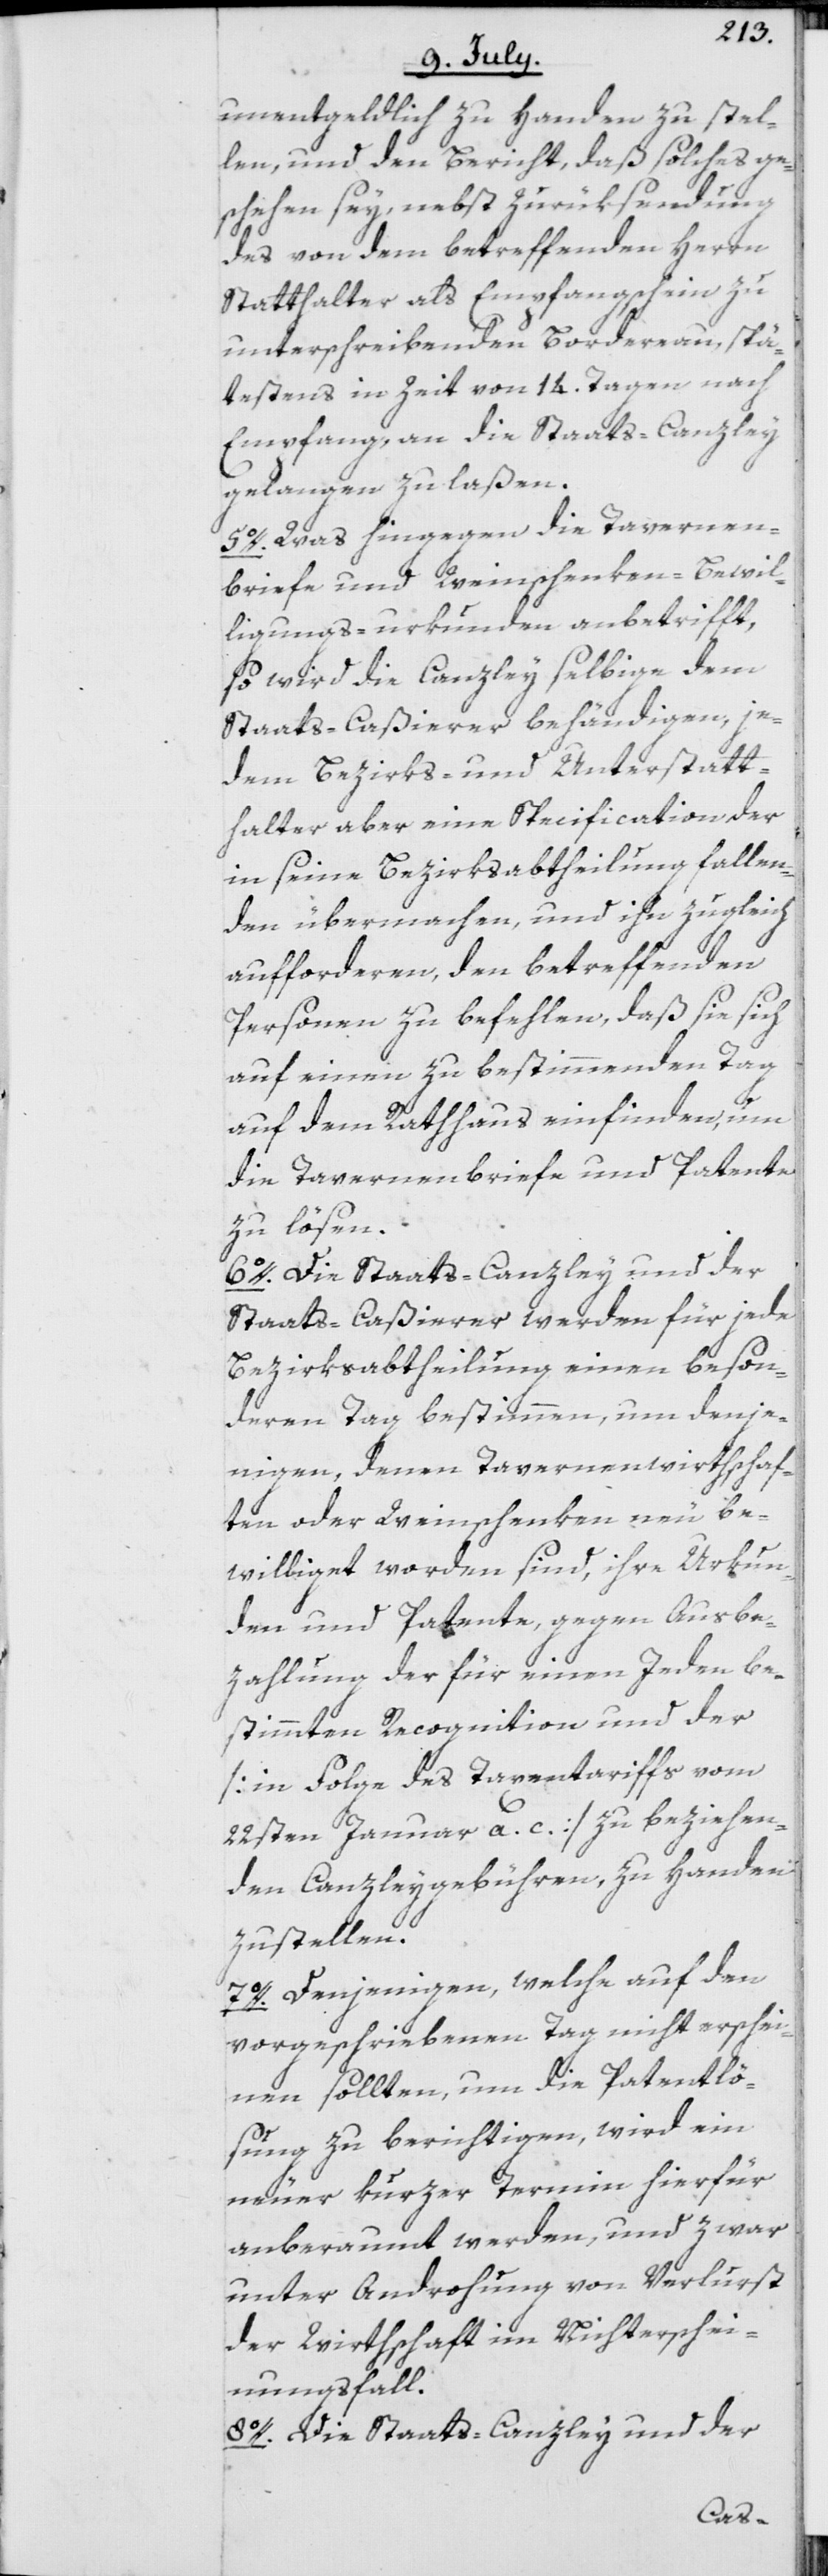
unentgeldlich zu Handen zu stel¬
len, und den Bericht, daß solches ge¬
schehen sey, nebst Zurüksendung
des von dem betreffenden Herrn
Statthalter als Empfangschein zu
unterschreibenden Bordereau, spä¬
testens in Zeit von 14. Tagen nach
Empfang, an die Staats-Canzley
gelangen zu laßen.
5o. Was hingegen die Tavernen¬
briefe und Weinschenken-Bewil¬
ligungs-urkunden anbetrifft,
so wird die Canzley selbige dem
Staats-Caßierer behändigen, je¬
dem Bezirks- und Unterstatt¬
halter aber eine Specification der
in seine Bezirksabtheilung fallen¬
den übermachen, und ihn zugleich
aufforderen, den betreffenden
Personen zu befehlen, daß sie sich
auf einen zu bestimmenden Tag
auf dem Rathhaus einfinden, um
die Tavernenbriefe und Patente
zu lösen.
6o. Die Staats-Canzley und der
Staats-Caßierer werden für jede
Bezirksabtheilung einen beson¬
deren Tag bestimmen, um denje¬
nigen, denen Tavernenwirthschaf¬
ten oder Weinschenken neu be¬
williget worden sind, ihre Urkun¬
den und Patente gegen Ausbe¬
zahlung der für einen Jeden be¬
stimmten Recognition und der
[in Folge des Taxentariffs vom
22sten Januar a. c.] zu beziehen¬
den Canzleygebühren, zu Handen
zu stellen.
7o. Denjenigen, welche auf den
vorgeschriebenen Tag nicht erschei¬
nen sollten, um die Patentlö¬
sung zu berichtigen, wird ein
neuer kurzer Termin hierfür
anberaumt werden, und zwar
unter Androhung von Verlurst
der Wirthschaft im Nichterschei¬
nungsfall.
8o. Die Staats-Canzley und der